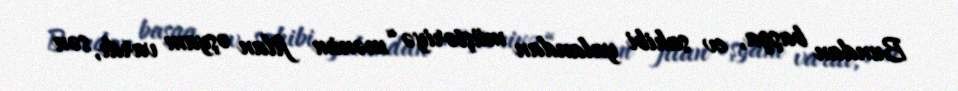
Bundan başqa, ev sahibi yalandan müştəriyə “mənim filan əşyam vardı, sən